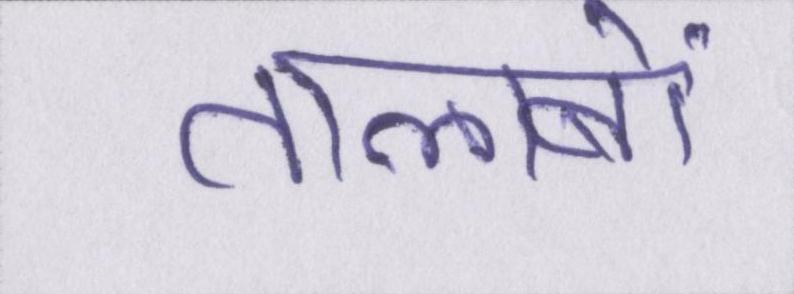
तालाबों